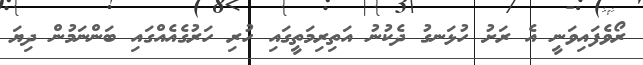
ރޯވެފައިވަނީ އެ ރަށު ހުޅަނގު ދެކުނު އަތިރިމަތީގައި ހުރި ހަރުގެއެއްގައި ބަންނަމުން ދިޔަ